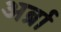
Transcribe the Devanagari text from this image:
अर्ब्रा